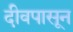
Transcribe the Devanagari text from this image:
दीवपासून